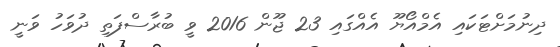
ދިނުމަށްޓަކައި އެމްއޯޔޫ އެއްގައި 23 ޖޫން 2016 ވީ ބުރާސްފަތި ދުވަހު ވަނީ